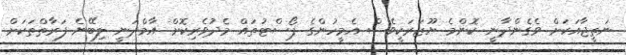
ނަތީޖާއަކަށް ވެގެންދާނީ ކޮންމެ ޔޫޒަރަކީވެސް އެމީހުންގެ ޕޯސްޓުތައް މެދުވެރިކޮށް އާމްދަނީ ލިބޭނެ ފަރާތްތަކަށް